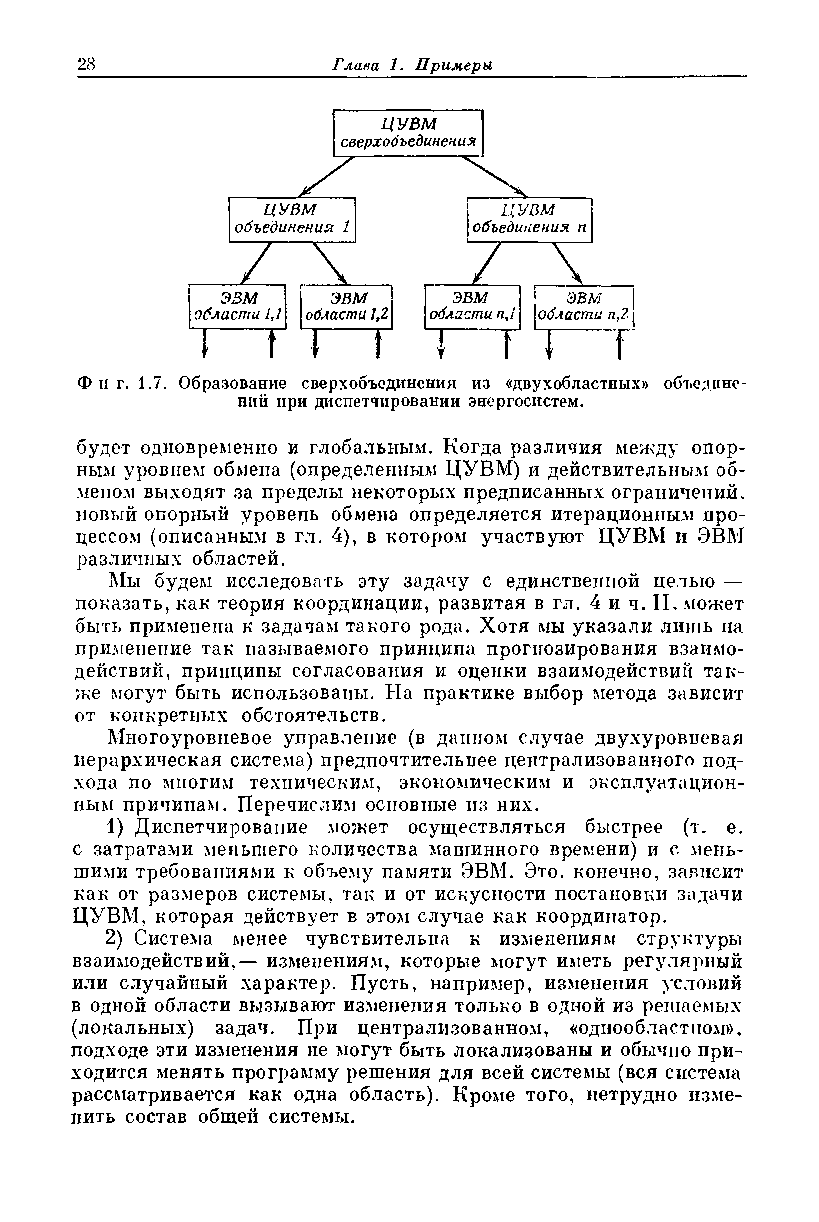
Ф и г. 1.7. Образование сверхобъединения из «двухобластпых» объедине­
 ний при диспетчировании энергосистем.
 будет одновременно и глобальным. Когда различия между опор­
 ным уровнем обмена (определенным ЦУВМ) и действительным об­
 меном выходят за пределы некоторых предписанных ограничений,
 новый опорный уровень обмена определяется итерационным про­
 цессом (описанным в гл. 4), в котором участвуют ЦУВМ и ЭВМ
 различных областей.
 Мы будем исследовать эту задачу с единственной целью —
 показать, как теория координации, развитая в гл. 4 и ч. II. может
 быть применена к задачам такого рода. Хотя мы указали лишь на
 применение так называемого принципа прогнозирования взаимо­
 действий, принципы согласования и оценки взаимодействии так­
 же могут быть использованы. На практике выбор метода зависит
 от конкретных обстоятельств.
 Многоуровневое управление (в данном случае двухуровневая
 иерархическая система) предпочтительнее централизованного под­
 хода по многим техническим, экономическим и эксплуатацион­
 ным причинам. Перечислим основные из них.
 1) Диспетчирование может осуществляться быстрее (т. е.
 с затратами меньшего количества машинного времени) и с мень­
 шими требованиями к объему памяти ЭВМ. Это. конечно, зависит
 как от размеров системы, так и от искусности постановки задачи
 ЦУВМ, которая действует в этом случае как координатор.
 2) Система менее чувствительна к изменениям структуры
 взаимодействий,— изменениям, которые могут иметь регулярный
 или случайный характер. Пусть, например, изменения условий
 в одной области вызывают изменения только в одной из решаемых
 (локальных) задач. При централизованном, «однообластпом»,
 подходе эти изменения не могут быть локализованы и обычно при­
 ходится менять программу решения для всей системы (вся система
 рассматривается как одна область). Кроме того, нетрудно изме­
 нить состав общей системы.